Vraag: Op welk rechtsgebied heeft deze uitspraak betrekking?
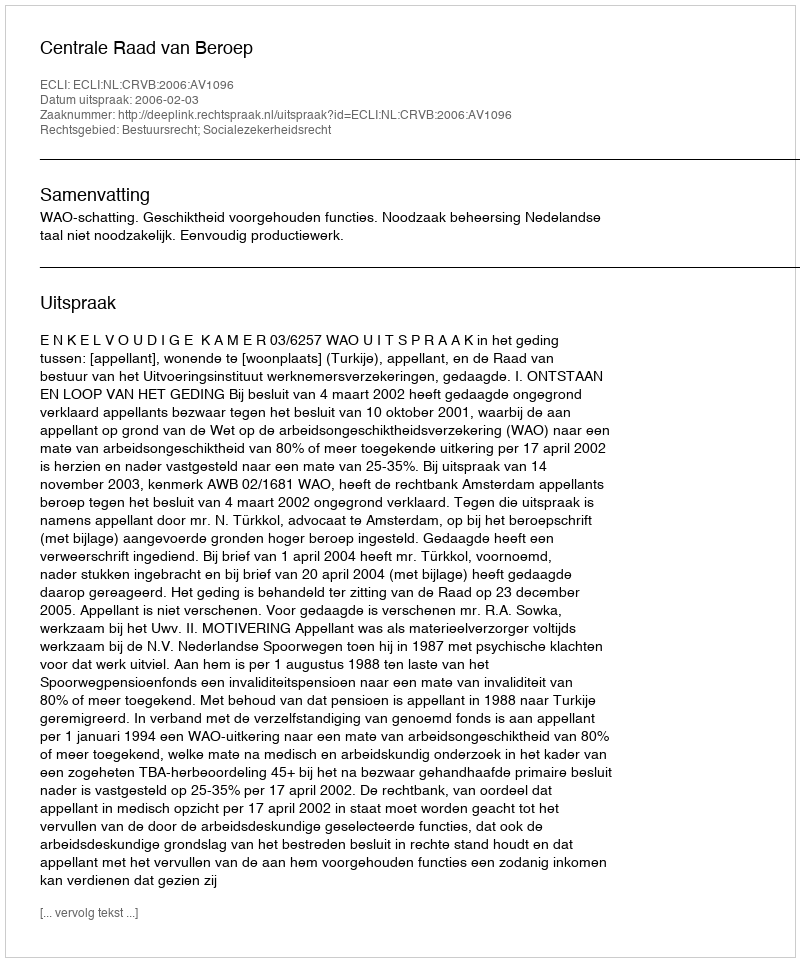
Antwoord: Bestuursrecht; Socialezekerheidsrecht